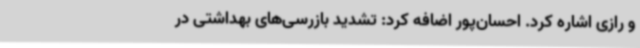
و رازی اشاره کرد. احسان‌پور اضافه کرد: تشدید بازرسی‌های بهداشتی در